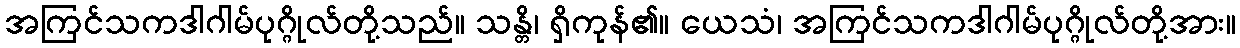
အကြင်သကဒါဂါမ်ပုဂ္ဂိုလ်တို့သည်။ သန္တိ၊ ရှိကုန်၏။ ယေသံ၊ အကြင်သကဒါဂါမ်ပုဂ္ဂိုလ်တို့အား။